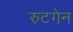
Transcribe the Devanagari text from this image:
रुटगेन